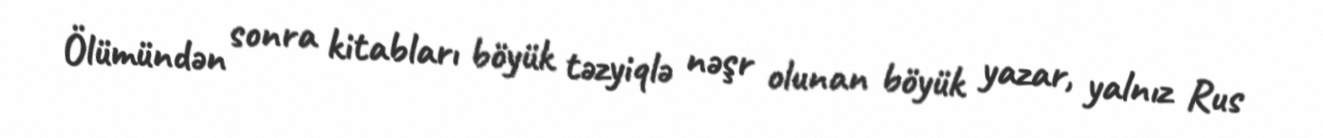
Ölümündən sonra kitabları böyük təzyiqlə nəşr olunan böyük yazar, yalnız Rus